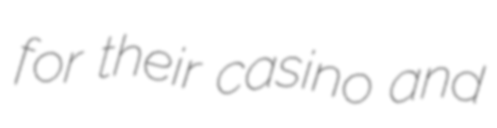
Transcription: for their casino and